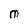
Character: M